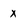
Character: x